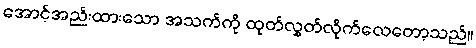
အောင့်အည်းထားသော အသက်ကို ထုတ်လွှတ်လိုက်လေတော့သည်။